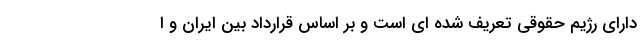
دارای رژیم حقوقی تعریف شده ای است و بر اساس قرارداد بین ایران و ا